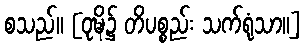
စသည်။ [ဝုဍ္ဎိ၌ တိပစ္စည်း သက်ရုံသာ။]